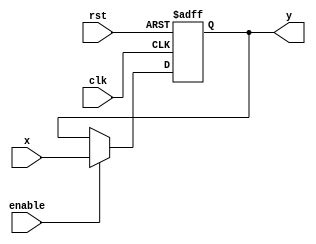
module my_reg(x, enable, y, clk, rst); //tri, reg, reg, tri
	input clk, enable, rst;					//tri up, reg up, reg down, tri down
	input [15:0] x;
	output reg [15:0] y;
	reg q;
	reg d;
	
	initial begin 
		y = 4'b0000;
	end
	
	
	always@(clk) begin 
		q <= clk;
	end
	always@(q) begin
		d <= q;
	end
	
	
	always@(posedge clk or posedge rst ) begin
		if(rst == 1'b1) y <= 4'b0000;
		else if(enable == 1'b1) y <= x;
		else y <= y;
	end

endmodule